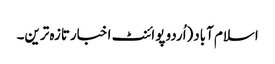
اسلام آباد(اُردو پوائنٹ اخبارتازہ ترین۔